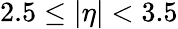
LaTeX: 2.5\le|\eta|<3.5